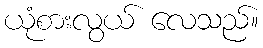
ယုံစားလွယ် လေသည်။